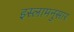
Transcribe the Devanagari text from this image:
इस्लामनुसार